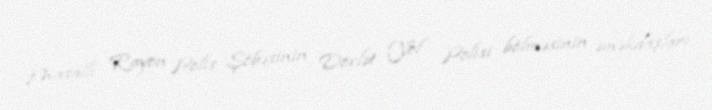
Masallı Rayon Polis Şöbəsinin Dövlət Yol Polisi bölməsinin əməkdaşları